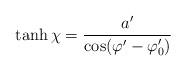
LaTeX: \begin{align*}\tanh \chi =\frac{a^{\prime }}{\cos (\varphi ^{\prime }-\varphi _{0}^{\prime})}\end{align*}